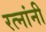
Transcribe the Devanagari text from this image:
रत्नांनी